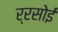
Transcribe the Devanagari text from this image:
र्रसोई